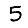
Digit: 5